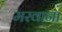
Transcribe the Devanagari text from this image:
मरवाना